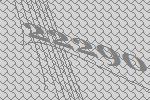
22290